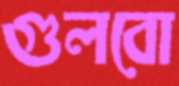
গুলবো